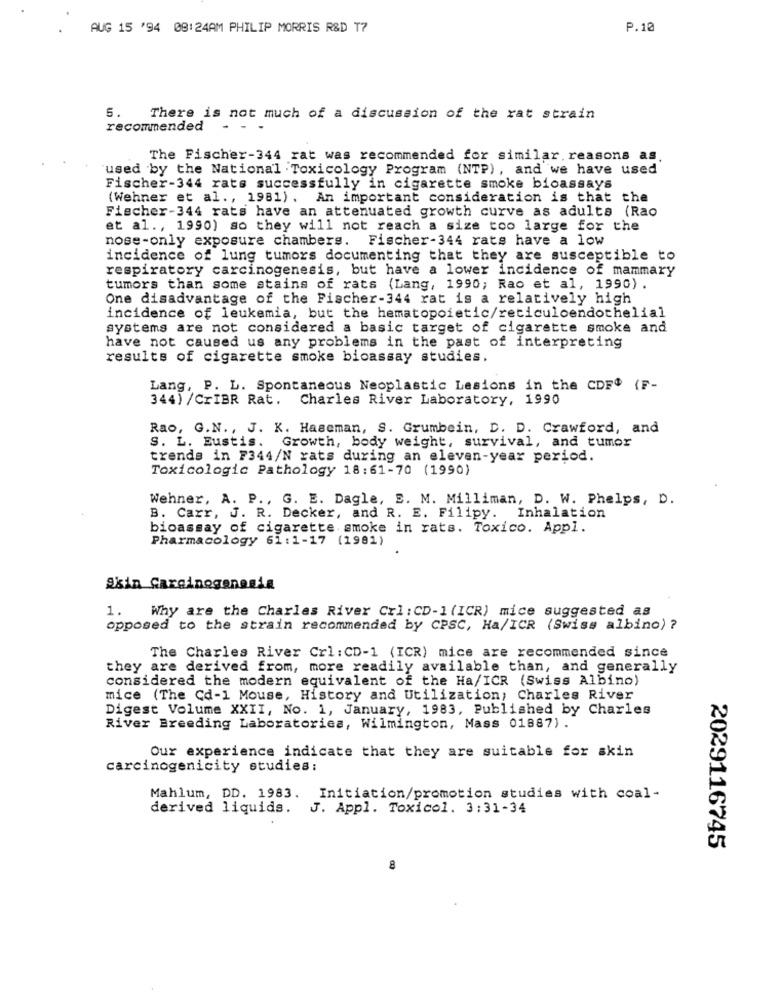
AUG 15 '94 08:24AM PHILIP MORRIS R&D T7
P.10
5. There is not much of a discussion of the rat strain
recommended -
The Fischer-344 rat was recommended for similar. reasons as.
used by the National . Toxicology Program (NTP), and we have used
Fischer-344 rats successfully in cigarette smoke bioassays
(Wehner et al ., 1981) . An important consideration is that the
Fischer-344 rats have an attenuated growth curve as adults (Rao
et al ., 1990) so they will not reach a size too large for the
nose-only exposure chambers. Fischer-344 rats have a low
incidence of lung tumors documenting that they are susceptible to
respiratory carcinogenesis, but have a lower incidence of mammary
tumors than some stains of rats (Lang, 1990; Rao et al, 1990) .
One disadvantage of the Fischer-344 rat is a relatively high
incidence of leukemia, but the hematopoietic/reticuloendothelial
systems are not considered a basic target of cigarette smoke and
have not caused us any problems in the past of interpreting
results of cigarette smoke bioassay studies.
Lang, P. L. Spontaneous Neoplastic Lesions in the CDF$ (F-
344) /CrIBR Rat. Charles River Laboratory, 1990
Rao, G.N ., J. K. Haacman, S. Grumbein, D. D. Crawford, and
S. L. Eustis. Growth, body weight, survival, and tumor
trends in F344/N rats during an eleven-year period.
Toxicologia Pathology 18:61-70 (1990)
Wehner, A. P ., G. E. Dagle, S. M. Milliman, D. W. Phelps, D.
B. Carr, J. R. Decker, and R. E. Filipy. Inhalation
bioassay of cigarette smoke in rats. Toxico. Appl.
Pharmacology 61:1-17 (1981)
Skin Carcinogenesis
1. Why are the Charles River Crl: CD-1 (ICR) mice suggested as
opposed to the strain recommended by CPSC, Ha/ICR (Swiss albino) ?
The Charles River Crl: CD-1 (ICR) mice are recommended since
they are derived from, more readily available than, and generally
considered the modern equivalent of the Ha/ICR (Swiss Albino)
mice (The Cd-1 Mouse, History and Utilization, Charles River
Digest Volume XXII, No. 1, January, 1983, Published by Charles
River Breeding Laboratories, Wilmington, Mass 01887) .
Our experience indicate that they are suitable for skin
carcinogenicity studies:
Mahlum, DD. 1983. Initiation/promotion studies with coal-
derived liquids. J. Appl. Toxicol. 3:31-34
2029116745